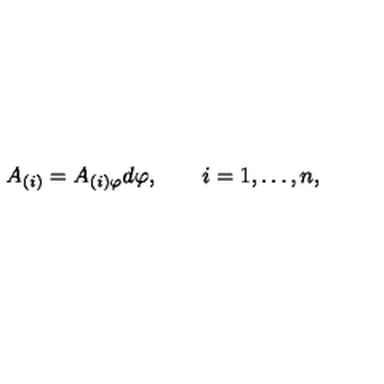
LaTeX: A _ { ( i ) } = A _ { ( i ) \varphi } d \varphi , \qquad i = 1 , \dots , n ,